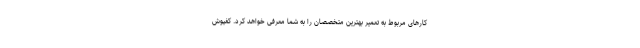
کارهای مربوط به تعمیر بهترین متخصصان را به شما معرفی خواهد کرد. کفپوش